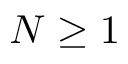
N \geq 1